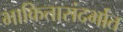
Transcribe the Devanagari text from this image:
भाकितासंदर्भात